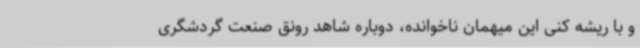
و با ریشه کنی این میهمان ناخوانده، دوباره شاهد رونق صنعت گردشگری